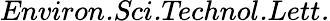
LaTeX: \textit{Environ.Sci.Technol.Lett.}